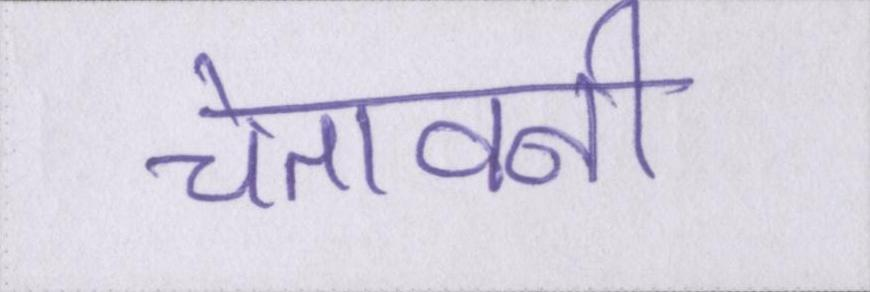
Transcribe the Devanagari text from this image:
चेतावनी